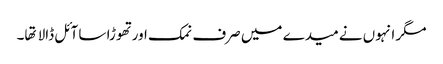
مگر انہوں نے میدے میں صرف نمک اور تهوڑا سا آئل ڈالا تها۔